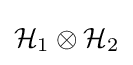
{\mathcal {H}}_{1}\otimes {\mathcal {H}}_{2}